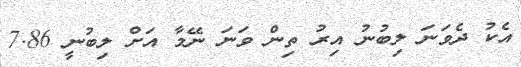
އެކު ދެވަނަ ލިބުނު އިރު ތިން ވަނަ ނޭމާ އަށް ލިބުނީ 7.86